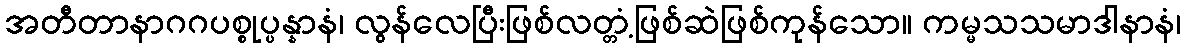
အတီတာနာဂဂပစ္စုပ္ပန္နာနံ၊ လွန်လေပြီးဖြစ်လတ္တံ့ဖြစ်ဆဲဖြစ်ကုန်သော။ ကမ္မသသမာဒါနာနံ၊